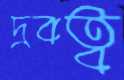
দ্রবত্ব